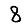
Digit: 8